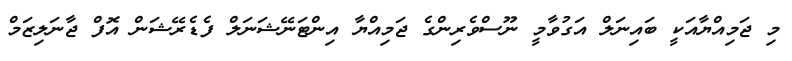
މި ޖަމިއްޔާއަކީ ބައިނަލް އަގުވާމީ ނޫސްވެރިންގެ ޖަމިއްޔާ އިންޓަނޭޝަނަލް ފެޑެރޭޝަން އޮފް ޖާނަލިޒަމް